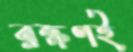
রক্ষণই